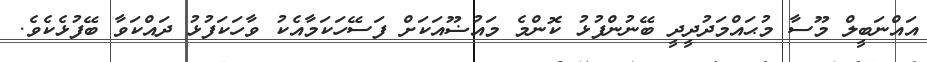
އައްނަބީލް މޫސާ މުޙައްމަދުދީދީ ބޭނުންފުޅު ކޮންމެ މައުޟޫއަކަށް ފަސޭހަކަމާއެކު ވާހަކަފުޅު ދައްކަވާ ބޭފުޅެކެވެ.